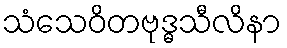
သံသေဝိတဗုဒ္ဓသီလိနာ